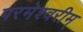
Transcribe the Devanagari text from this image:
परमेश्वरीम्